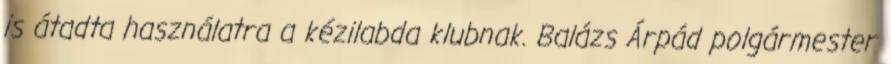
is átadta használatra a kézilabda klubnak. Balázs Árpád polgármester